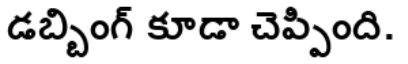
డబ్బింగ్ కూడా చెప్పింది.